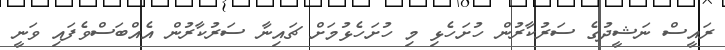
ރައީސް ނަޝީދުގެ ސަރުކާރުން ހުށަހެޅި މި ހުށަހެޅުމަށް ޗައިނާ ސަރުކާރުން އެއްބަސްވެފައި ވަނީ